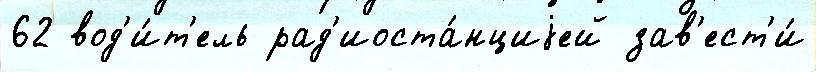
62 вод'и́т'ель рад'иоста́нциjей зав'ест'и́